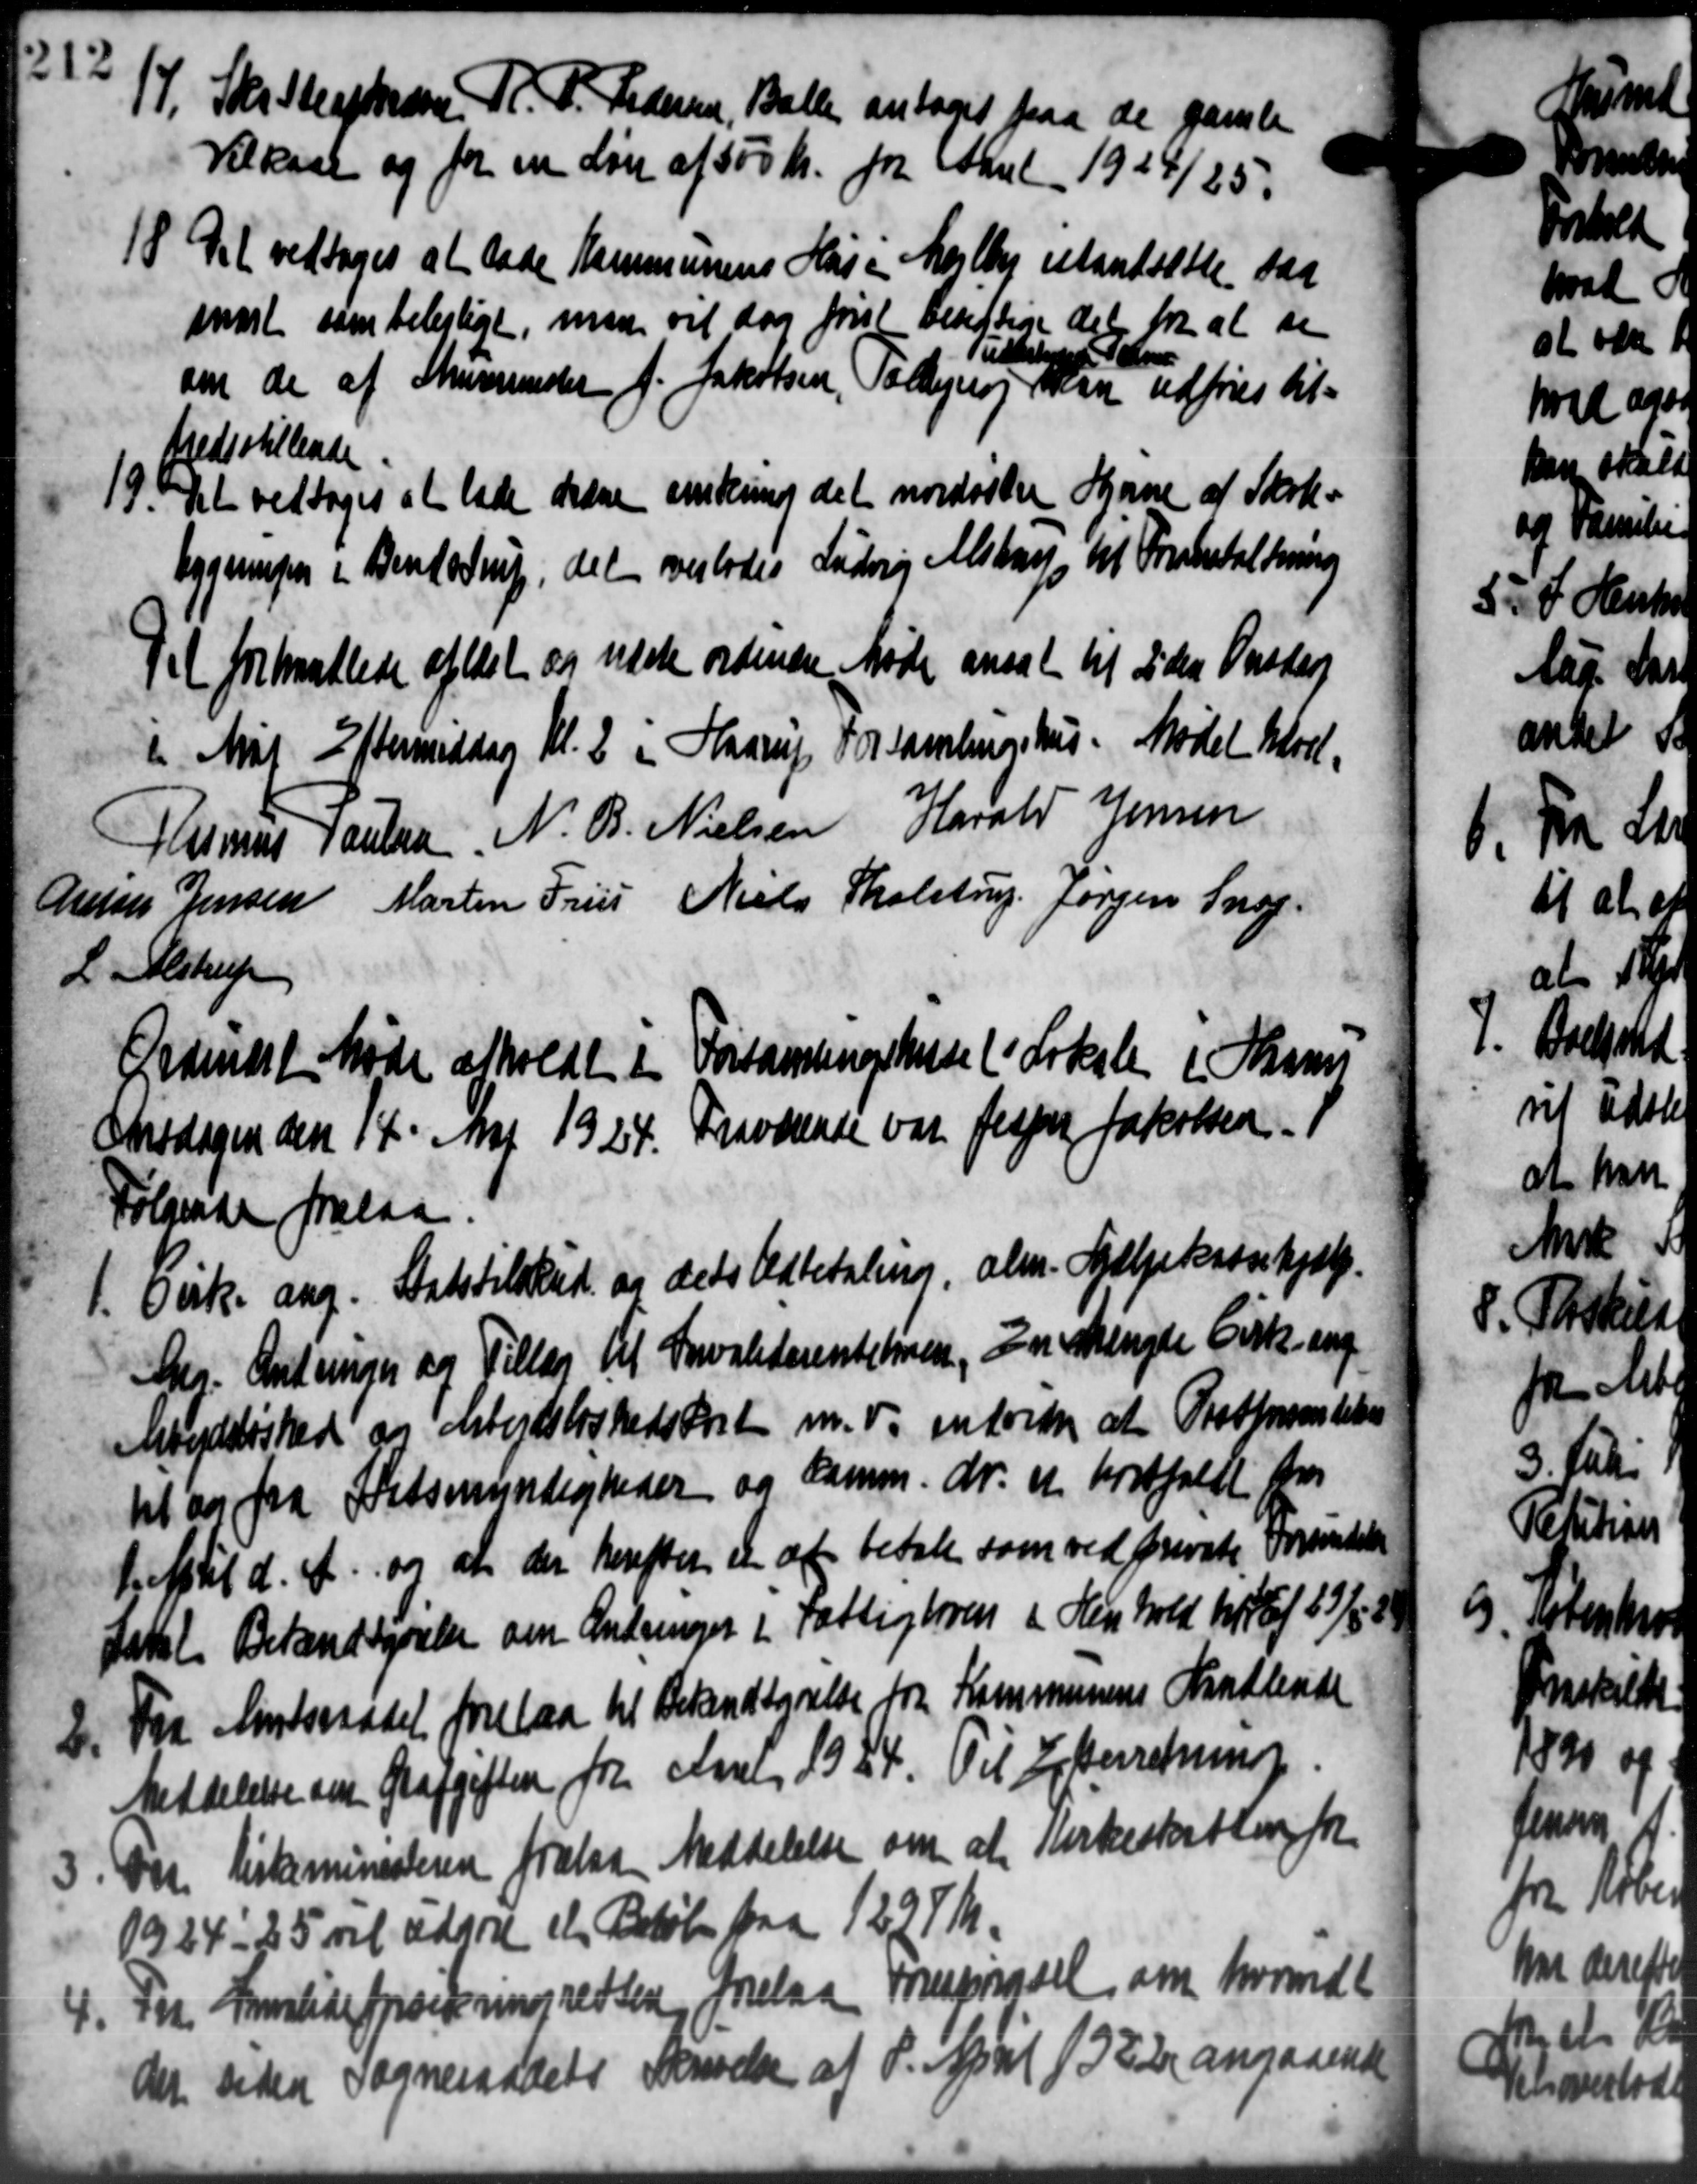
Transskription:
17. Skatteafkræve R. P. Pedersen, Balle antoges paa de gamle
17. Skatteafkræve R. P. Pedersen, Balle antoges paa de gamle
Vilkaar og for en Løn af 500 kr. for Aaret 1924/25.
11 "Det vedtoges at lade Kommunens Hus i Mejlby standsætte saa
"Det vedtoges at lade Kommunens Hus i Mejlby standsætte saa
snart som belejligt, man vil dog først besigtige det for at se
ud
om de af Smemester f. Jakobsen, Talleog kan udføres til-
fredsstillende
19. Det vedtoges at lade dræne ønskning det nordiske Hjørne af Skole-
19. Det vedtoges at lade dræne ønskning det nordiske Hjørne af Skole-
Bygningen i Bendstrup, det overlodes Ludvig Alstrup til Forbeholdning
t forhandlede afløst og næste ordinære Møde ansat til 2den Onsdag
i Maj Eftermiddag Kl. 2 i Haarup Forsamlingshus. Mødet blad,
Rasmus Poulsen N. B. Nielsen Harald Jensen
Arnes Jensen Martin Frus Niels Tholstrup Jørgen Snog.
L. Alstrup
Odinst Møde afholdt i Forsamlingshuse (Lokale i Skom
Onsdagen den 14' Maj 1924. Fraværende var Jesper Jakobsen -
Følgende forelaa.
1. Disk. ang. Statstilskud. og dets Udbetaling, alm. Hjælpekassehjælp.
1. Disk. ang. Statstilskud. og dets Udbetaling, alm. Hjælpekassehjælp.
Chr. Antringer og Tillæg til Invaliderentebroen, En Mengde Cirk. ang
Arbejdsløshed og Arbejdsløshedskort m.v. antore at Oratformentelse
til og fra Statsmyndigheder og Damm. dr. er bortfaldt fra
1. April d. A. og at der herefter en at betale som ved private Forandelse
Latil Bekendtgørelse om Ændringer i Fattigloven i Henhold har af 23/5 8
2. Fra Amtsraadet forelaa til Bekendtgørelse fra Kommunens Handlende
2. Fra Amtsraadet forelaa til Bekendtgørelse fra Kommunens Handlende
Meddelelse om Grafgiften fra Aaren 1924. Til Efterretning

Pre Kirkeministeren frelaa Meddelelse om at Kirkeskatten for
1924-25 vil udgøre et Beløb paa 1228 Kr.

Fra Forlideforsikring retten forelaa Forespørgsel om hvorvidt
det betra Sogneraadets Skrivelse af P. April 1322 angaaende

M
Velse